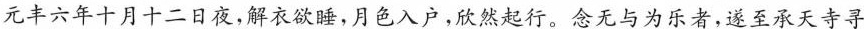
元丰六年十月十二日夜，解衣欲睡，月色入户，欣然起行。念无与为乐者，遂至承天寺寻